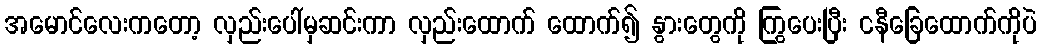
အမောင်လေးကတော့ လှည်းပေါ်မှဆင်းကာ လှည်းထောက် ထောက်၍ နွားတွေကို ကြွပေးပြီး ငနီခြေထောက်ကိုပဲ